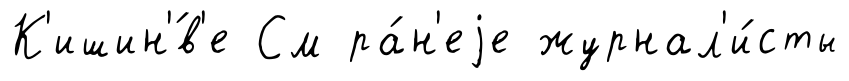
К'ишин'́в'е См ра́н'еjе журнал'и́сты